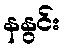
နနွင်း